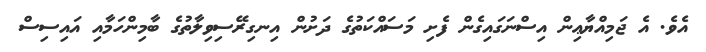
އެވެ. އެ ޖަމިއްޔާޢިން އިސްނަގައިގެން ފެށި މަސައްކަތުގެ ދަށުން އިނގިރޭސިވިލާތުގެ ބާމިންހަމާއި އައިސިސް